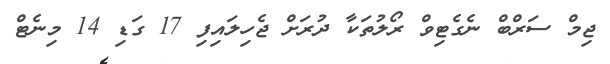
ޖިމް ސަރްބް ނެގެޓިވް ރޯލުތަކާ ދުރަށް ޖެހިލައިފި 17 ގަޑި 14 މިނެޓް